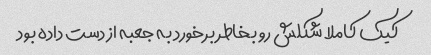
کیک کاملا شکلش رو بخاطر برخورد به جعبه از دست داده بود